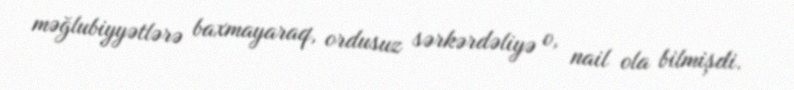
məğlubiyyətlərə baxmayaraq, ordusuz sərkərdəliyə o, nail ola bilmişdi.